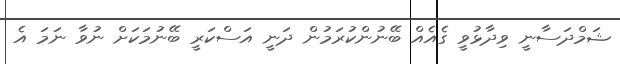
ޝަމްދަސާނީ ވިދާޅުވީ ގެއެއް ބޭނުންކުރަމުން ދަނީ އަސްކަރީ ބޭނުމަކަށް ނުވާ ނަމަ އެ